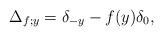
LaTeX: \begin{align*} \Delta_{f;y}=\delta_{-y}-f(y)\delta_{0}, \end{align*}